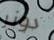
دونر